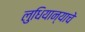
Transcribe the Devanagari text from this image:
लुधियान्याचे